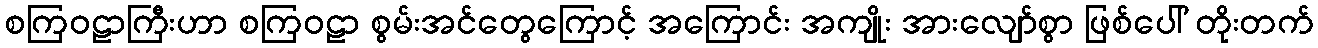
စကြဝဠာကြီးဟာ စကြဝဠာ စွမ်းအင်တွေကြောင့် အကြောင်း အကျိုး အားလျော်စွာ ဖြစ်ပေါ် တိုးတက်